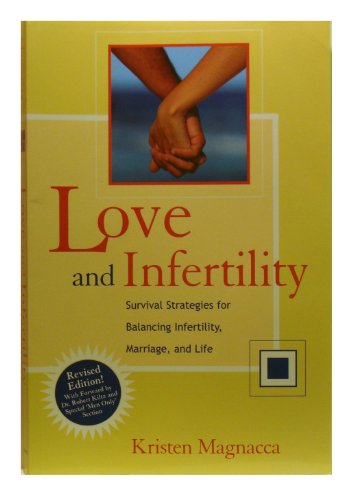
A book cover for Love and Infertility; Kristen Magnacca; Health, Fitness & Dieting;